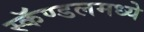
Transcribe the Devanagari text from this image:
स्कॅण्डलमध्ये